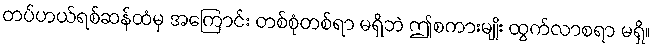
တပ်ဟယ်ရစ်ဆန်ထံမှ အကြောင်း တစ်စုံတစ်ရာ မရှိဘဲ ဤစကားမျိုး ထွက်လာစရာ မရှိ။